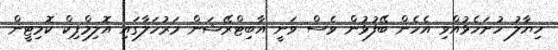
ހިޔާލު ހުށަހެޅުއްވި އެހެން ބޭފުޅުން ވެސް ވަނީ އާބިޓްރޭޝަން މަރުހަލާގައި އޮލިމްޕިކް ކޮމިޓީން